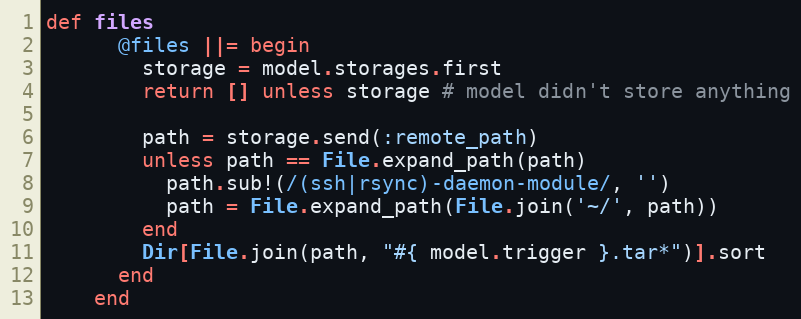
Language: Ruby
def files
      @files ||= begin
        storage = model.storages.first
        return [] unless storage # model didn't store anything

        path = storage.send(:remote_path)
        unless path == File.expand_path(path)
          path.sub!(/(ssh|rsync)-daemon-module/, '')
          path = File.expand_path(File.join('~/', path))
        end
        Dir[File.join(path, "#{ model.trigger }.tar*")].sort
      end
    end